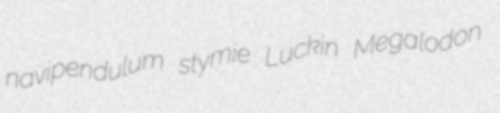
navipendulum stymie Luckin Megalodon